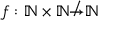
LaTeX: f : \mathbb { N } \times \mathbb { N } \not \to \mathbb { N }